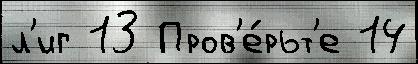
л'иг 13 Пров'е́рьт'е 14